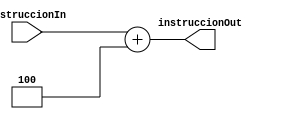
`timescale 1ns/1ns

module add_4 (
	input [31:0]instruccionIn,
	output [31:0]instruccionOut
);

assign instruccionOut = instruccionIn + 4;

endmodule